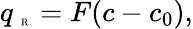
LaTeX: q_{\mathrm{~\tiny~R~}}=F(c-c_{0}),